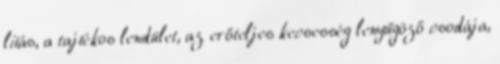
litás, a tajtékos lendület, az erőteljes kecsesség lenyűgöző csodája,